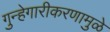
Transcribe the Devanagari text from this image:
गुन्हेगारीकरणामुळे